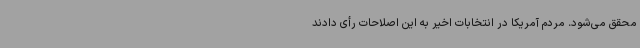
محقق می‌شود. مردم آمریکا در انتخابات اخیر به این اصلاحات رأی دادند